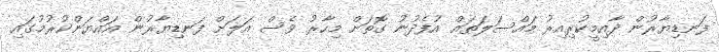
ފަނޑިޔާރުން ދާއިމީކުރިއިރު މައްސަލަތައް އުފެދުނު ގޮތަށް މިހާރު ވެސް އަލަށް ފަނޑިޔާރުން އައްޔަންކުރުމުގައި